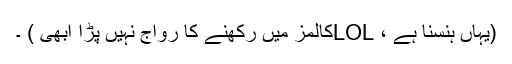
(یہاں ہنسنا ہے ، LOLکالمز میں رکھنے کا رواج نہیں پڑا ابھی ) ۔